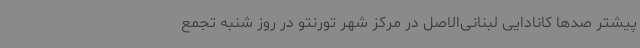
پیشتر صدها کانادایی لبنانی‌الاصل در مرکز شهر تورنتو در روز شنبه تجمع